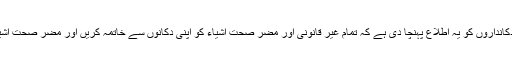
انجمن تاجران شینبر چھلت کے صدر صوبیدار ر شمشیر علی نے کہاکہ ہمارے علاقے میں ہم نے تمام دکانداروں کو یہ اطلاع پہنچا دی ہے کہ تمام غیر قانونی اور مضر صحت اشیاء کو اپنی دکانوں سے خاتمہ کریں اور مضر صحت اشیاء بارے ملنے والی تما م معلومات کے مطابق اپنے دکانوں میں معیاری اور بہتر سامان فروخت کریں۔